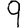
Digit: 9